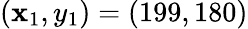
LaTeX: (\mathbf{x}_{1},y_{1})=(199,180)